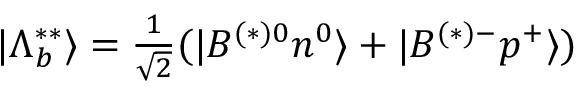
| \Lambda _ { b } ^ { * * } \rangle = \textstyle { \frac { 1 } { \sqrt { 2 } } } ( | B ^ { ( * ) 0 } n ^ { 0 } \rangle + | B ^ { ( * ) - } p ^ { + } \rangle )